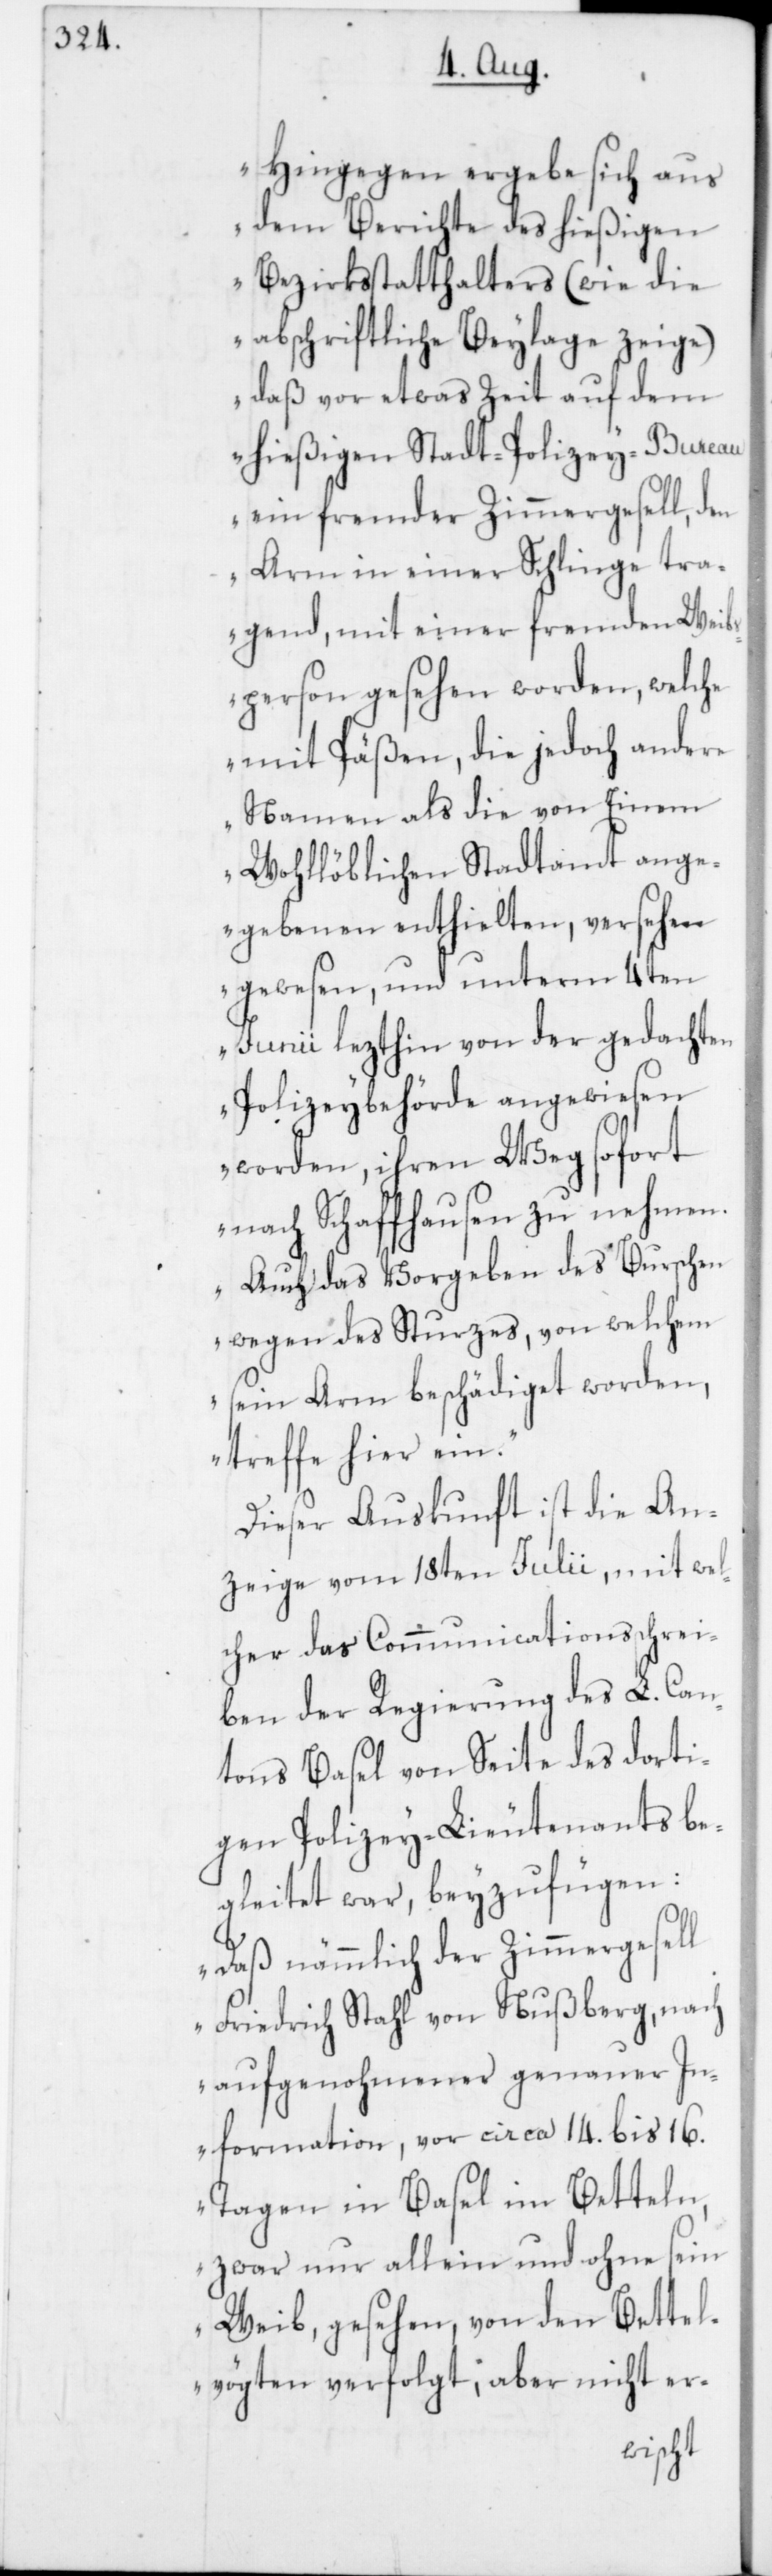
Hingegen ergebe sich aus
dem Berichte des hießigen
Bezirksstatthalter (wie die
abschriftliche Beylage zeige)
daß vor etwas Zeit auf dem
hießigen Stadt-Polizey-Bureau
ein fremder Zimmergesell, den
Arm in einer Schlinge tra¬
gend, mit einer fremden Weibs¬
person gesehen worden, welche
mit Päßen, die jedoch andere
Namen als die von Einem
Wohllöblichen Stadtamt ange¬
gebenen enthielten, versehen
gewesen, und unterm 4ten
Junii lezthin von der gedachten
Polizeybehörde angewiesen
worden, ihren Weg sofort
nach Schaffhausen zu nehmen.
Auch das Vorgeben des Burschen
wegen des Sturzes, von welchem
sein Arm beschädiget worden,
treffe hier ein.“
Dieser Auskunft ist die An¬
zeige vom 18ten Julii, mit wel¬
cher das Communicationsschrei¬
ben der Regierung des L. Can¬
tons Basel von Seite des dorti¬
gen Polizey-Lieutenants be¬
gleitet war, beyzufügen:
„Daß nämmlich der Zimmergesell
Friedrich Stahl von Nußberg, nach
aufgenohmener genauer In¬
formation, vor circa 14. bis 16.
Tagen in Basel im Betteln,
zwar nur allein und ohne sein
Weib, gesehen, von den Bettel¬
vögten verfolgt, aber nicht er-